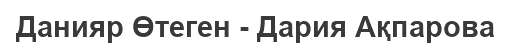
Данияр Өтеген - Дария Ақпарова